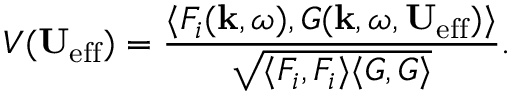
V ( \mathbf { U } _ { \mathrm { e f f } } ) = \frac { \langle F _ { i } ( \mathbf { k } , \omega ) , G ( \mathbf { k } , \omega , \mathbf { U } _ { \mathrm { e f f } } ) \rangle } { \sqrt { \langle F _ { i } , F _ { i } \rangle \langle G , G \rangle } } .